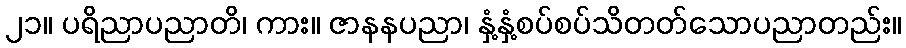
၂၁။ ပရိညာပညာတိ၊ ကား။ ဇာနနပညာ၊ နှံ့နှံ့စပ်စပ်သိတတ်သောပညာတည်း။